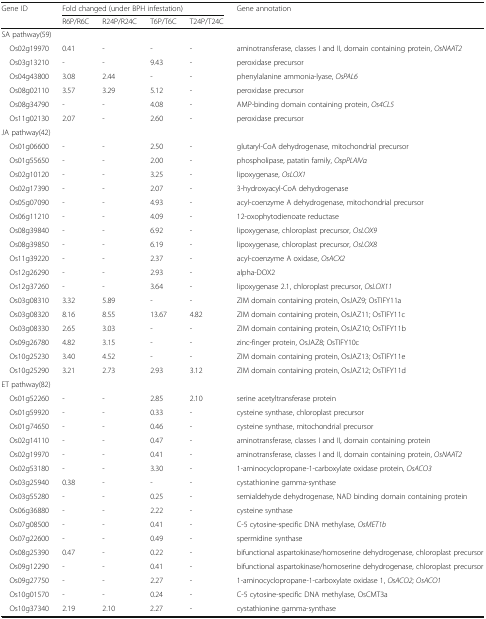
<table><thead><tr><td rowspan="2"><b>Gene ID</b></td><td colspan="4"><b>Fold changed (under BPH infestation)</b></td><td rowspan="2"><b>Gene annotation</b></td></tr><tr><td><b>R6P/R6C</b></td><td><b>R24P/R24C</b></td><td><b>T6P/T6C</b></td><td><b>T24P/T24C</b></td></tr></thead><tbody><tr><td colspan="6">SA pathway(59)</td></tr><tr><td> Os02g19970</td><td>0.41</td><td>-</td><td>-</td><td>-</td><td>aminotransferase, classes I and II, domain containing protein, <i>OsNAAT2</i></td></tr><tr><td> Os03g13210</td><td>-</td><td>-</td><td>9.43</td><td>-</td><td>peroxidase precursor</td></tr><tr><td> Os04g43800</td><td>3.08</td><td>2.44</td><td>-</td><td>-</td><td>phenylalanine ammonia-lyase, <i>OsPAL6</i></td></tr><tr><td> Os08g02110</td><td>3.57</td><td>3.29</td><td>5.12</td><td>-</td><td>peroxidase precursor</td></tr><tr><td> Os08g34790</td><td>-</td><td>-</td><td>4.08</td><td>-</td><td>AMP-binding domain containing protein, <i>Os4CL5</i></td></tr><tr><td> Os11g02130</td><td>2.07</td><td>-</td><td>2.60</td><td>-</td><td>peroxidase precursor</td></tr><tr><td colspan="6">JA pathway(42)</td></tr><tr><td> Os01g06600</td><td>-</td><td>-</td><td>2.50</td><td>-</td><td>glutaryl-CoA dehydrogenase, mitochondrial precursor</td></tr><tr><td> Os01g55650</td><td>-</td><td>-</td><td>2.00</td><td>-</td><td>phospholipase, patatin family, <i>OspPLAIVα</i></td></tr><tr><td> Os02g10120</td><td>-</td><td>-</td><td>3.25</td><td>-</td><td>lipoxygenase, <i>OsLOX1</i></td></tr><tr><td> Os02g17390</td><td>-</td><td>-</td><td>2.07</td><td>-</td><td>3-hydroxyacyl-CoA dehydrogenase</td></tr><tr><td> Os05g07090</td><td>-</td><td>-</td><td>4.93</td><td>-</td><td>acyl-coenzyme A dehydrogenase, mitochondrial precursor</td></tr><tr><td> Os06g11210</td><td>-</td><td>-</td><td>4.09</td><td>-</td><td>12-oxophytodienoate reductase</td></tr><tr><td> Os08g39840</td><td>-</td><td>-</td><td>6.92</td><td>-</td><td>lipoxygenase, chloroplast precursor, <i>OsLOX9</i></td></tr><tr><td> Os08g39850</td><td>-</td><td>-</td><td>6.19</td><td>-</td><td>lipoxygenase, chloroplast precursor, <i>OsLOX8</i></td></tr><tr><td> Os11g39220</td><td>-</td><td>-</td><td>2.37</td><td>-</td><td>acyl-coenzyme A oxidase, <i>OsACX2</i></td></tr><tr><td> Os12g26290</td><td>-</td><td>-</td><td>2.93</td><td>-</td><td>alpha-DOX2</td></tr><tr><td> Os12g37260</td><td>-</td><td>-</td><td>3.64</td><td>-</td><td>lipoxygenase 2.1, chloroplast precursor, <i>OsLOX11</i></td></tr><tr><td> Os03g08310</td><td>3.32</td><td>5.89</td><td>-</td><td>-</td><td>ZIM domain containing protein, OsJAZ9; OsTIFY11a</td></tr><tr><td> Os03g08320</td><td>8.16</td><td>8.55</td><td>13.67</td><td>4.82</td><td>ZIM domain containing protein, OsJAZ11; OsTIFY11c</td></tr><tr><td> Os03g08330</td><td>2.65</td><td>3.03</td><td>-</td><td>-</td><td>ZIM domain containing protein, OsJAZ10; OsTIFY11b</td></tr><tr><td> Os09g26780</td><td>4.82</td><td>3.15</td><td>-</td><td>-</td><td>zinc-finger protein, OsJAZ8; OsTIFY10c</td></tr><tr><td> Os10g25230</td><td>3.40</td><td>4.52</td><td>-</td><td>-</td><td>ZIM domain containing protein, OsJAZ13; OsTIFY11e</td></tr><tr><td> Os10g25290</td><td>3.21</td><td>2.73</td><td>2.93</td><td>3.12</td><td>ZIM domain containing protein, OsJAZ12; OsTIFY11d</td></tr><tr><td colspan="6">ET pathway(82)</td></tr><tr><td> Os01g52260</td><td>-</td><td>-</td><td>2.85</td><td>2.10</td><td>serine acetyltransferase protein</td></tr><tr><td> Os01g59920</td><td>-</td><td>-</td><td>0.33</td><td>-</td><td>cysteine synthase, chloroplast precursor</td></tr><tr><td> Os01g74650</td><td>-</td><td>-</td><td>0.46</td><td>-</td><td>cysteine synthase, mitochondrial precursor</td></tr><tr><td> Os02g14110</td><td>-</td><td>-</td><td>0.47</td><td>-</td><td>aminotransferase, classes I and II, domain containing protein</td></tr><tr><td> Os02g19970</td><td>-</td><td>-</td><td>0.41</td><td>-</td><td>aminotransferase, classes I and II, domain containing protein, <i>OsNAAT2</i></td></tr><tr><td> Os02g53180</td><td>-</td><td>-</td><td>3.30</td><td>-</td><td>1-aminocyclopropane-1-carboxylate oxidase protein, <i>OsACO3</i></td></tr><tr><td> Os03g25940</td><td>0.38</td><td>-</td><td>-</td><td>-</td><td>cystathionine gamma-synthase</td></tr><tr><td> Os03g55280</td><td>-</td><td>-</td><td>0.25</td><td>-</td><td>semialdehyde dehydrogenase, NAD binding domain containing protein</td></tr><tr><td> Os06g36880</td><td>-</td><td>-</td><td>2.22</td><td>-</td><td>cysteine synthase</td></tr><tr><td> Os07g08500</td><td>-</td><td>-</td><td>0.41</td><td>-</td><td>C-5 cytosine-specific DNA methylase, <i>OsMET1b</i></td></tr><tr><td> Os07g22600</td><td>-</td><td>-</td><td>0.49</td><td>-</td><td>spermidine synthase</td></tr><tr><td> Os08g25390</td><td>0.47</td><td>-</td><td>0.22</td><td>-</td><td>bifunctional aspartokinase/homoserine dehydrogenase, chloroplast precursor</td></tr><tr><td> Os09g12290</td><td>-</td><td>-</td><td>0.41</td><td>-</td><td>bifunctional aspartokinase/homoserine dehydrogenase, chloroplast precursor</td></tr><tr><td> Os09g27750</td><td>-</td><td>-</td><td>2.27</td><td>-</td><td>1-aminocyclopropane-1-carboxylate oxidase 1, <i>OsACO2</i>; <i>OsACO1</i></td></tr><tr><td> Os10g01570</td><td>-</td><td>-</td><td>0.24</td><td>-</td><td>C-5 cytosine-specific DNA methylase, OsCMT3a</td></tr><tr><td> Os10g37340</td><td>2.19</td><td>2.10</td><td>2.27</td><td>-</td><td>cystathionine gamma-synthase</td></tr></tbody></table>